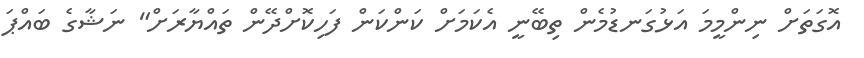
އޮގަތަށް ނިންމީމަ އަޅުގަނޑުމެން ތިބޭނީ އެކަމަށް ކަންކަން ފަހިކޮށްދޭން ތައްޔާރަށް" ނަޝާގެ ބައްޕަ